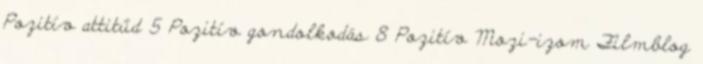
Pozitív attitűd 5 Pozitív gondolkodás 8 Pozitív Mozi-izom Filmblog